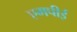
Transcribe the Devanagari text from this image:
एमपीई